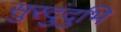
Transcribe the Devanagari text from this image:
सुरदुंदुभि